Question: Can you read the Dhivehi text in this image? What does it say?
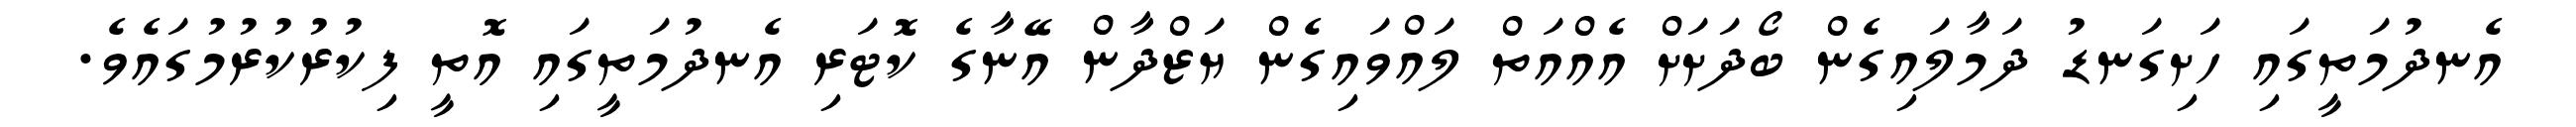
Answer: އެނދުމަތީގައި ހަށިގަނޑު ދަމާލައިގެން ބޯދަށަށް އެއްއަތް ލައްވައިގެން ޔަޒްދާން އޭނާގެ ކޮޓަރި އެނދުމަތީގައި އޮތީ ފިކުރުކުރުމުގައެވެ.